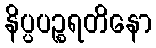
နိပ္ပပဉ္စရတိနော